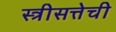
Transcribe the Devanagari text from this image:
स्त्रीसत्तेची